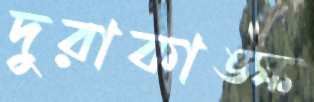
দুরাকাঙ্ক্ষ